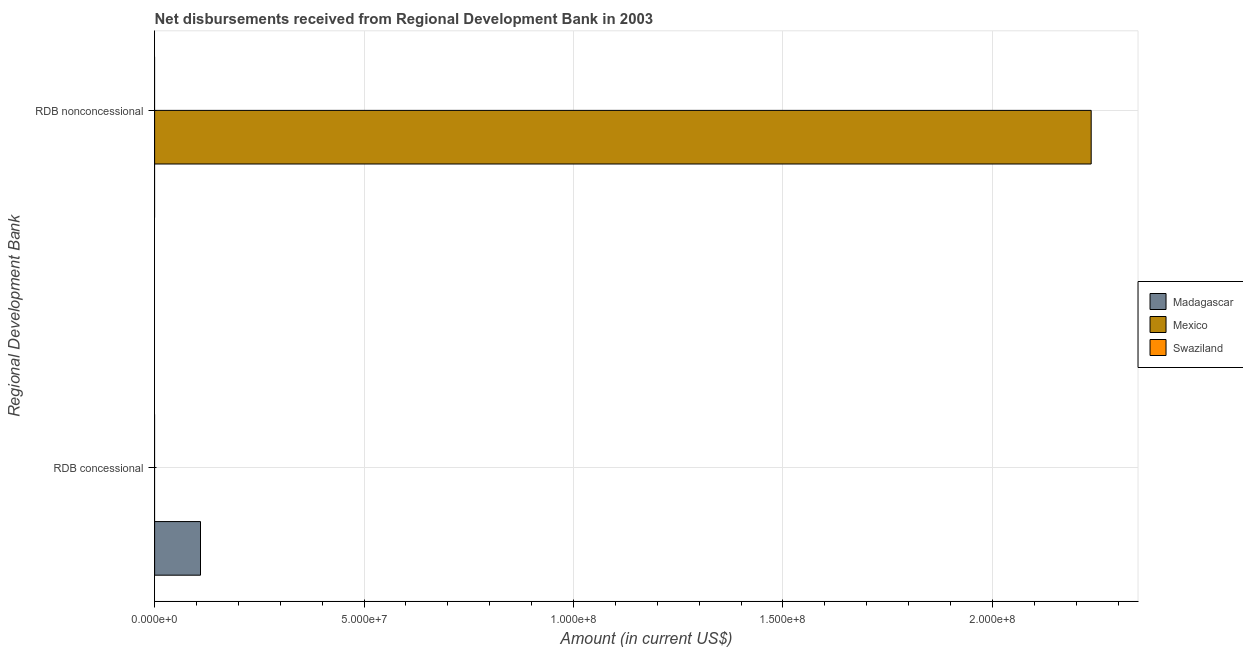
| Regional Development Bank | Madagascar | Mexico | Swaziland |
 | --- | --- | --- | --- |
 | RDB concessional | 1.1e+07 | -3.6e+06 | -4.27e+05 |
 | RDB nonconcessional | -1.58e+06 | 2.24e+08 | -4.91e+06 |